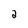
Character: 2